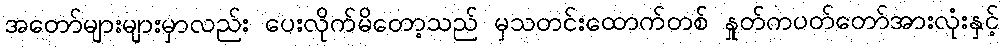
အတော်များများမှာလည်း ပေးလိုက်မိတော့သည် မှသတင်းထောက်တစ် နှုတ်ကပတ်တော်အားလုံးနှင့်